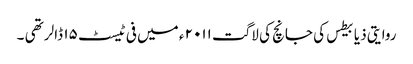
روایتی ذیابیطس کی جانچ کی لاگت ۲۰۱۱ ء میں فی ٹیسٹ ۱۵ ڈالر تھی ۔